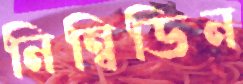
নিন্বিডিন